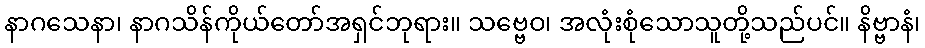
နာဂသေနာ၊ နာဂသိန်ကိုယ်တော်အရှင်ဘုရား။ သဗ္ဗေဝ၊ အလုံးစုံသောသူတို့သည်ပင်။ နိဗ္ဗာနံ၊